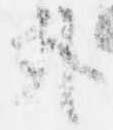
外